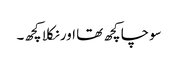
سوچا کچھ تھا اور نکلا کچھ۔